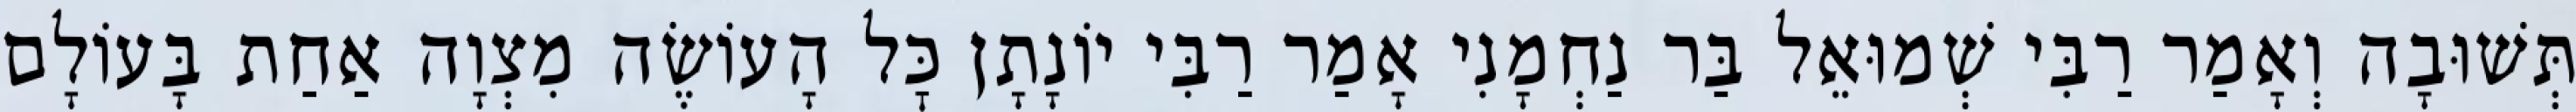
תְּשׁוּבָה וְאָמַר רַבִּי שְׁמוּאֵל בַּר נַחְמָנִי אָמַר רַבִּי יוֹנָתָן כׇּל הָעוֹשֶׂה מִצְוָה אַחַת בָּעוֹלָם